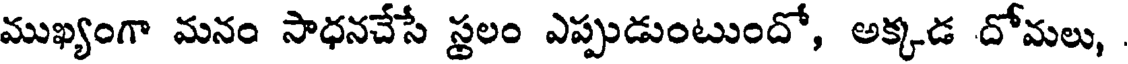
ముఖ్యంగా మనం సాధనచేసే స్థలం ఎప్పుడుంటుందో, అక్కడ దోమలు,